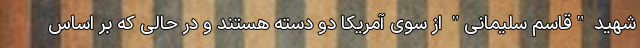
شهید "قاسم سلیمانی" از سوی آمریکا دو دسته هستند و در حالی که بر اساس